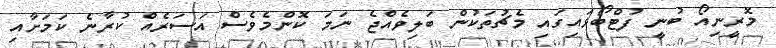
މޮރީނިއޯ ބުނީ ފުޓްބޯޅައިގައި މެޗުތަކުން ބަލިވެއްޖެ ނަމަ ކޮންމެވެސް އަސަރެއް ކުރާނެ ކަމަށާއި